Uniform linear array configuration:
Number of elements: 24
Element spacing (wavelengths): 0.25
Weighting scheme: cosine
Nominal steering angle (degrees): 60
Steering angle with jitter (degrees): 60.604
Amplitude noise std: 0.05
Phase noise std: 0.05

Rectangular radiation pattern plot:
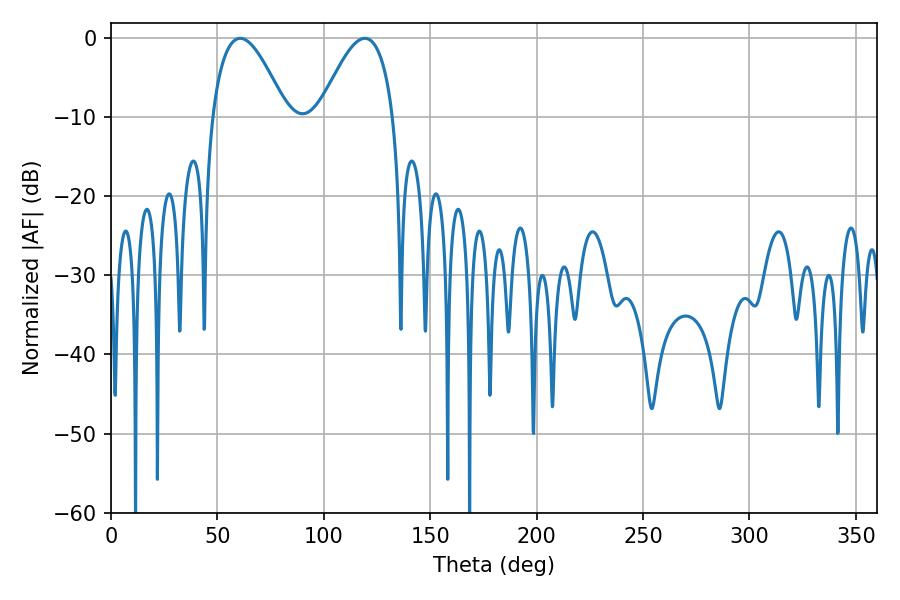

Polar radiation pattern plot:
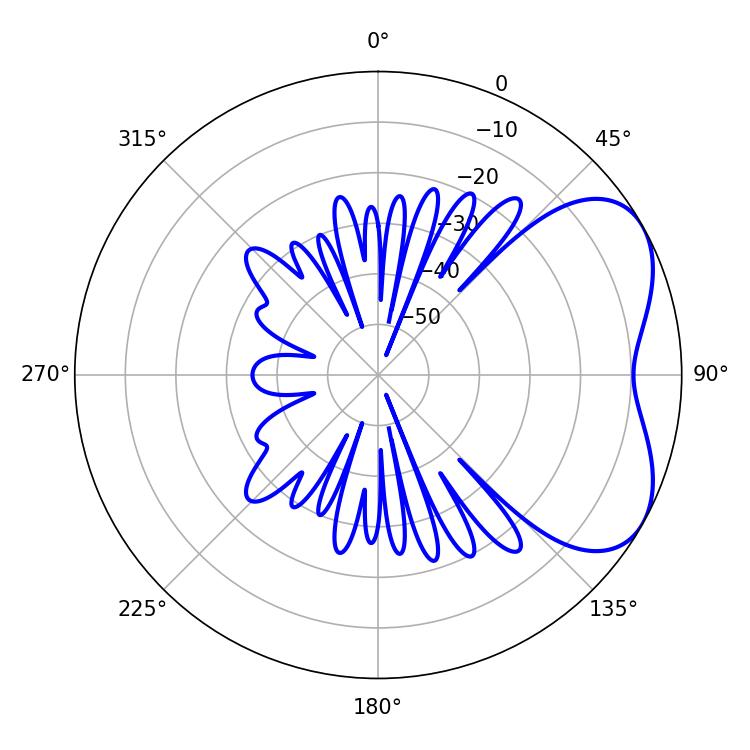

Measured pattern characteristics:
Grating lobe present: FALSE
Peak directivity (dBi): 4.836
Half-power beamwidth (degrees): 18.9
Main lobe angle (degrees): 60.66